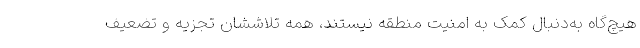
هیچ‌گاه به‌دنبال کمک به امنیت منطقه نیستند، همه تلاششان تجزیه و تضعیف